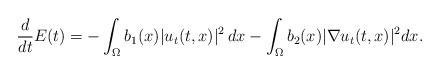
LaTeX: \begin{align*}{{d}\over{dt}}E(t) = - \int_{\Omega}b_{1}(x)|u_{t}(t,x)|^2\, dx-\int_{\Omega} b_{2}(x) |\nabla u_t(t,x) |^2 dx.\end{align*}